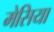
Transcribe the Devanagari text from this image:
मेसिया